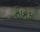
તબકા